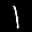
Label: 1